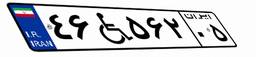
۵۲W۳۷۱۵۲